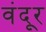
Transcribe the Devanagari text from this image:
वंदूर